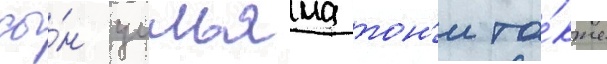
сы́н уильяма тон'и та́кже